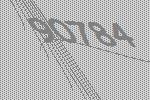
90784